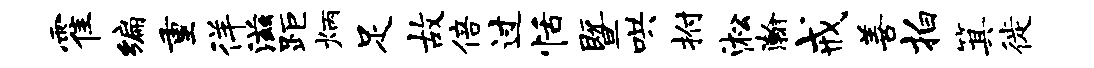
霍编重徉滋距炳足故倍过恬暨哄拊淞瀚戒善拍箕徙